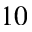
1 0